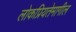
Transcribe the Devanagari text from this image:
लोकप्रियतेमागील